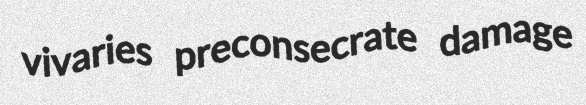
vivaries preconsecrate damage